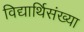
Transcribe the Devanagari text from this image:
विद्यार्थिसंख्या